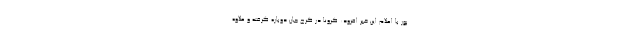
پور با اعلام این خبر افزود: کرونا در کرج جان دوباره گرفته و علاوه